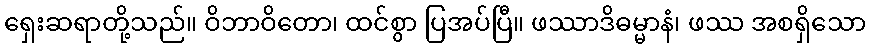
ရှေးဆရာတို့သည်။ ဝိဘာဝိတော၊ ထင်စွာ ပြအပ်ပြီ။ ဖဿာဒိဓမ္မာနံ၊ ဖဿ အစရှိသော